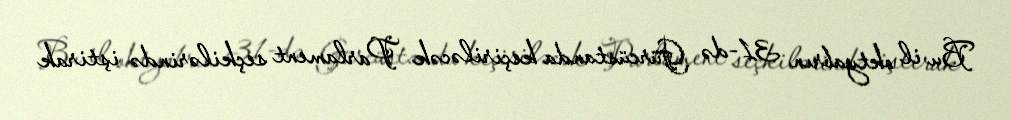
Bu il oktyabrın 31-də Gürcüstanda keçiriləcək Parlament seçkilərində iştirak